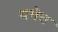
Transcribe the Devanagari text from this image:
यथेच